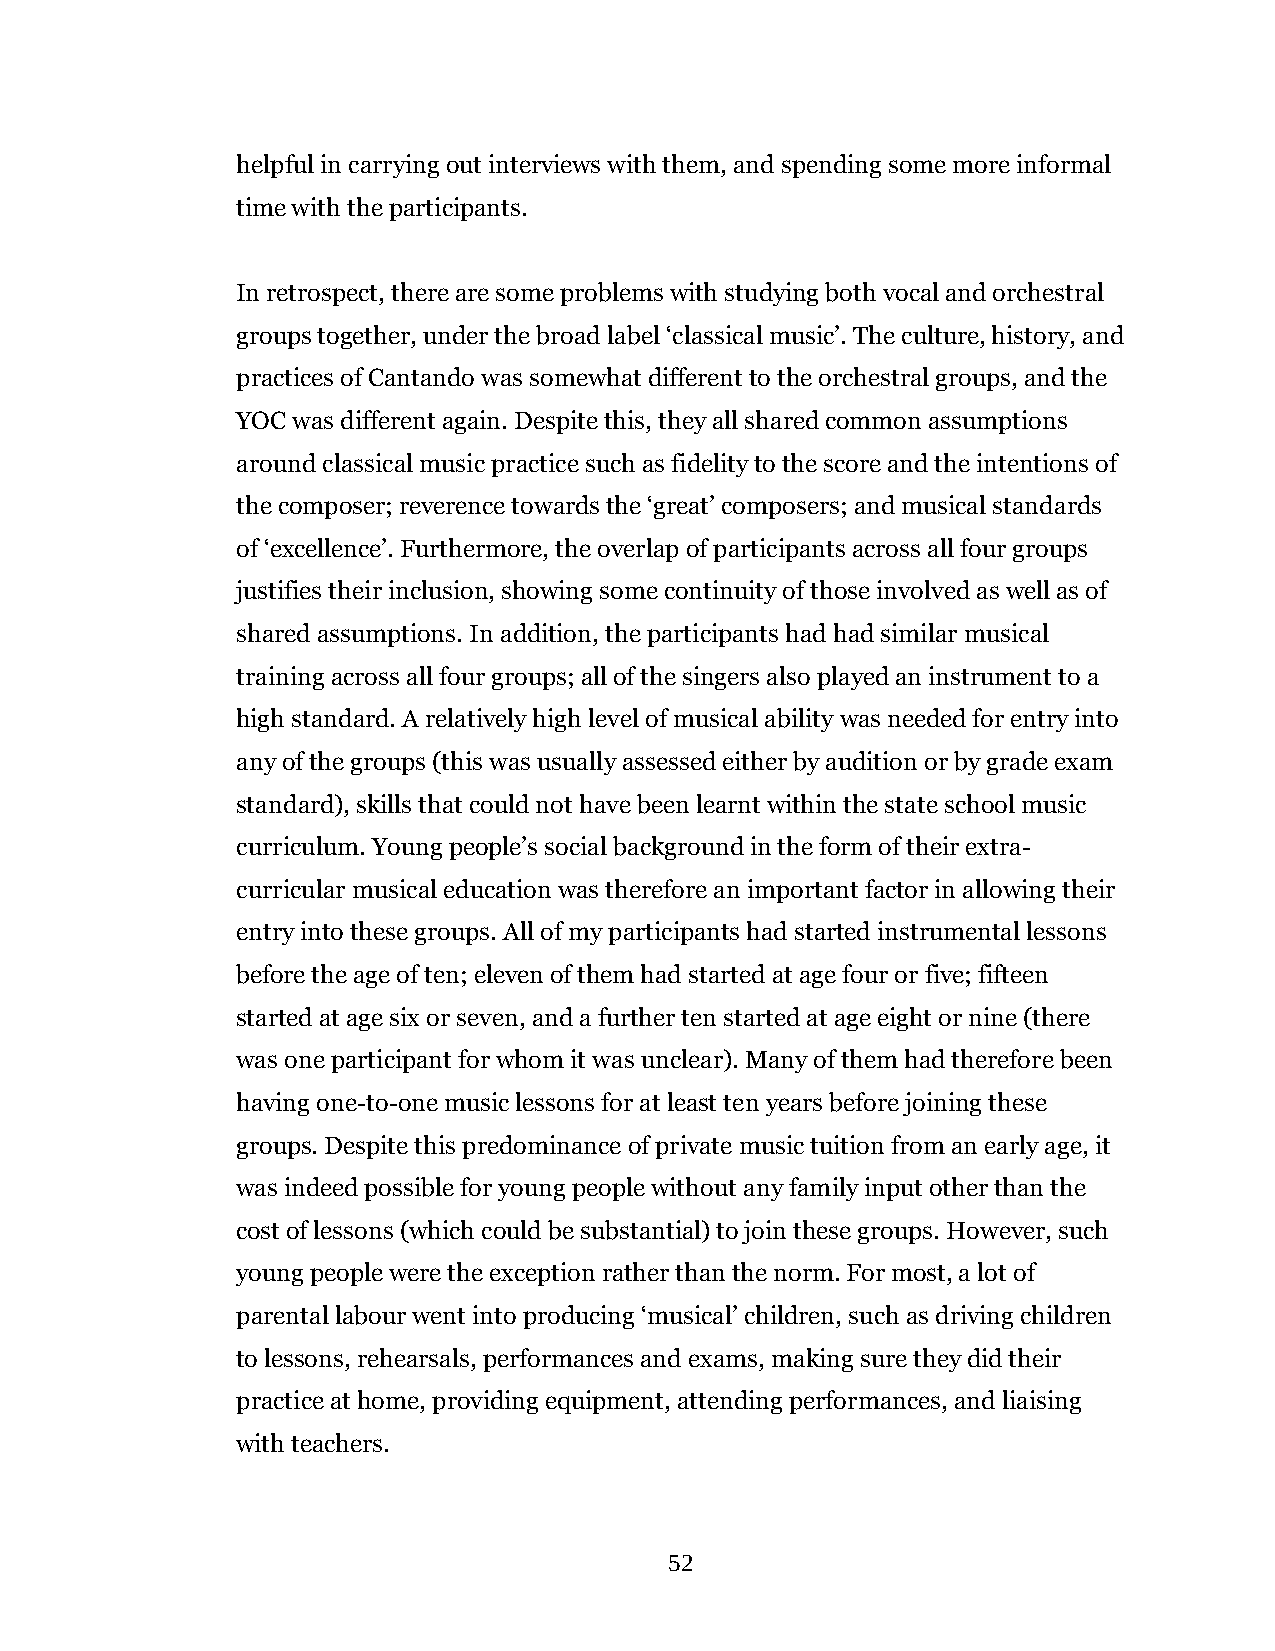
helpful in carrying out interviews with them, and spending some more informal
 time with the participants.
 In retrospect, there are some problems with studying both vocal and orchestral
 groups together, under the broad label ‘classical music’. The culture, history, and
 practices of Cantando was somewhat different to the orchestral groups, and the
 YOC was different again. Despite this, they all shared common assumptions
 around classical music practice such as fidelity to the score and the intentions of
 the composer; reverence towards the ‘great’ composers; and musical standards
 of ‘excellence’. Furthermore, the overlap of participants across all four groups
 justifies their inclusion, showing some continuity of those involved as well as of
 shared assumptions. In addition, the participants had had similar musical
 training across all four groups; all of the singers also played an instrument to a
 high standard. A relatively high level of musical ability was needed for entry into
 any of the groups (this was usually assessed either by audition or by grade exam
 standard), skills that could not have been learnt within the state school music
 curriculum. Young people’s social background in the form of their extra-
 curricular musical education was therefore an important factor in allowing their
 entry into these groups. All of my participants had started instrumental lessons
 before the age of ten; eleven of them had started at age four or five; fifteen
 started at age six or seven, and a further ten started at age eight or nine (there
 was one participant for whom it was unclear). Many of them had therefore been
 having one-to-one music lessons for at least ten years before joining these
 groups. Despite this predominance of private music tuition from an early age, it
 was indeed possible for young people without any family input other than the
 cost of lessons (which could be substantial) to join these groups. However, such
 young people were the exception rather than the norm. For most, a lot of
 parental labour went into producing ‘musical’ children, such as driving children
 to lessons, rehearsals, performances and exams, making sure they did their
 practice at home, providing equipment, attending performances, and liaising
 with teachers.
 52